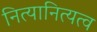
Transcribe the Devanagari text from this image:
नित्यानित्यत्व